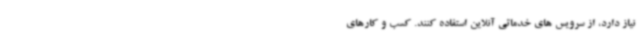
نیاز دارد، از سرویس های خدماتی آنلاین استفاده کنند. کسب و کارهای